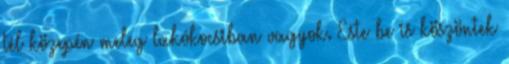
tél közepén meleg lakókocsiban vagyok. Este be is köszöntek